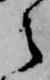
之